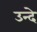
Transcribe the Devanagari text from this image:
उन्दे